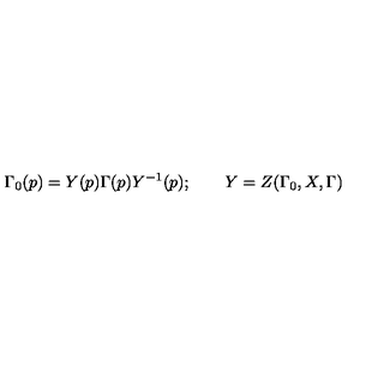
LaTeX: \Gamma _ { 0 } ( p ) = Y ( p ) \Gamma ( p ) Y ^ { - 1 } ( p ) ; \qquad Y = Z ( \Gamma _ { 0 } , X , \Gamma )